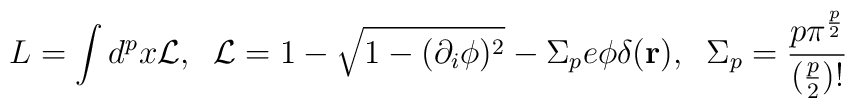
L = \int d^{p}x{\cal L}, \;\; {\cal L} = 1 -\sqrt{1-(\partial_i\phi)^2}-\Sigma_p e \phi\delta({\bf r}),\;\;\Sigma_p=\frac{p\pi^{\frac{p}{2}}}{(\frac{p}{2})!}